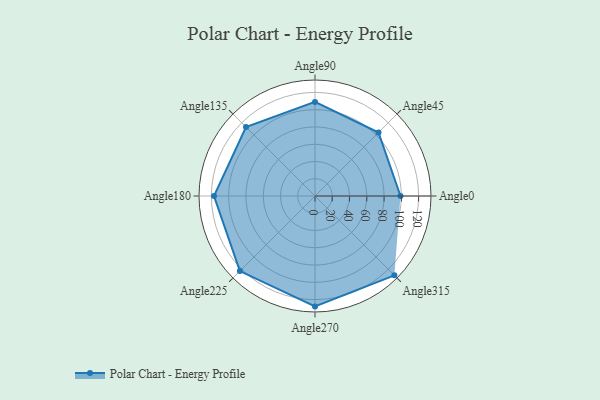
{"axis": {"x": "Angle", "y": "Radius"}, "legend": [""], "data": [{"x": "Angle0", "y": 99.0, "type": ""}, {"x": "Angle45", "y": 104.0, "type": ""}, {"x": "Angle90", "y": 109.0, "type": ""}, {"x": "Angle135", "y": 113.0, "type": ""}, {"x": "Angle180", "y": 117.0, "type": ""}, {"x": "Angle225", "y": 123.0, "type": ""}, {"x": "Angle270", "y": 128.0, "type": ""}, {"x": "Angle315", "y": 130.0, "type": ""}]}